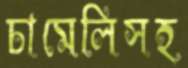
চামেলিসহ